Vaccination in Bombay 1869-1873 - 1869-1873
Year: 1869
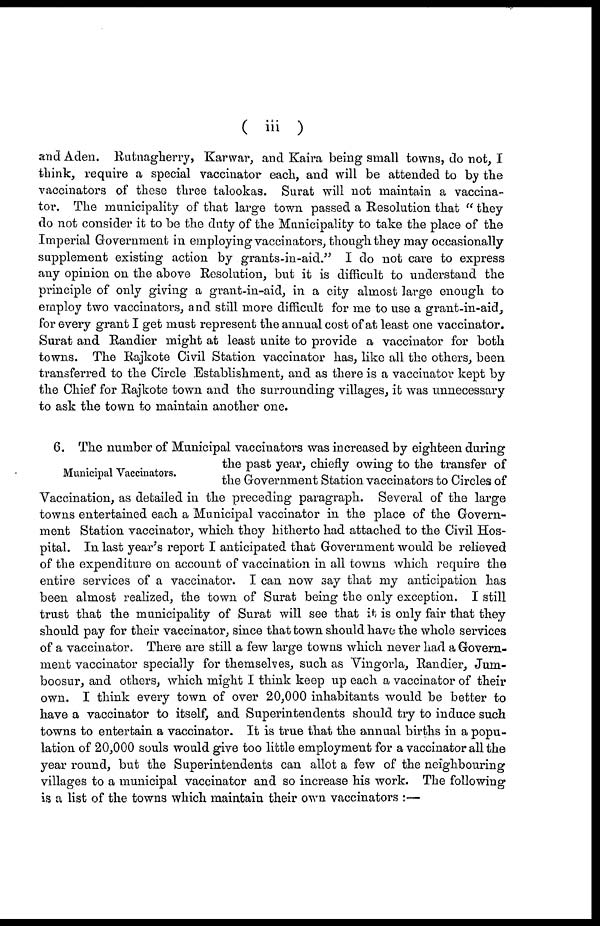
( iii )
and Aden. Rutnagherry, Karwar, and Kaira being small towns, do not, I
think, require a special vaccinator each, and will be attended to by the
vaccinators of these three talookas. Surat will not maintain a vaccina-
tor. The municipality of that large town passed a Resolution that " they
do not consider it to be the duty of the Municipality to take the place of the
Imperial Government in employing vaccinators, though they may occasionally
supplement existing action by grants-in-aid." I do not care to express
any opinion on the above Resolution, but it is difficult to understand the
principle of only giving a grant-in-aid, in a city almost large enough to
employ two vaccinators, and still more difficult for me to use a grant-in-aid,
for every grant I get must represent the annual cost of at least one vaccinator.
Surat and Randier might at least unite to provide a vaccinator for both
towns. The Rajkote Civil Station vaccinator has, like all the others, been
transferred to the Circle Establishment, and as there is a vaccinator kept by
the Chief for Rajkote town and the surrounding villages, it was unnecessary
to ask the town to maintain another one.
Municipal Vaccinators.
6. The number of Municipal vaccinators was increased by eighteen during
the past year, chiefly owing to the transfer of
the Government Station vaccinators to Circles of
Vaccination, as detailed in the preceding paragraph. Several of the large
towns entertained each a Municipal vaccinator in the place of the Govern-
ment Station vaccinator, which they hitherto had attached to the Civil Hos-
pital. In last year's report I anticipated that Government would be relieved
of the expenditure on account of vaccination in all towns which require the
entire services of a vaccinator. I can now say that my anticipation has
been almost realized, the town of Surat being the only exception. I still
trust that the municipality of Surat will see that it is only fair that they
should pay for their vaccinator, since that town should have the whole services
of a vaccinator. There are still a few large towns which never had a Govern-
ment vaccinator specially for themselves, such as Vingorla, Randier, Jum-
boosur, and others, which might I think keep up each a vaccinator of their
own. I think every town of over 20,000 inhabitants would be better to
have a vaccinator to itself, and Superintendents should try to induce such
towns to entertain a vaccinator. It is true that the annual births in a popu-
lation of 20,000 souls would give too little employment for a vaccinator all the
year round, but the Superintendents can allot a few of the neighbouring
villages to a municipal vaccinator and so increase his work. The following
is a list of the towns which maintain their own vaccinators :—